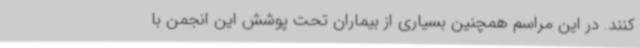
کنند. در این مراسم همچنین بسیاری از بیماران تحت پوشش این انجمن با